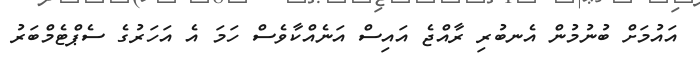
އައުމަށް ބުނުމުން އެނބުރި ރާއްޖެ އައިސް އަނެއްކާވެސް ހަމަ އެ އަހަރުގެ ސެޕްޓެމްބަރު